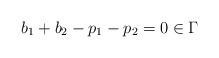
LaTeX: \begin{align*} b_1 + b_2 - p_1 - p_2 = 0\in\Gamma\end{align*}